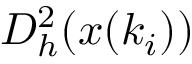
D _ { h } ^ { 2 } ( x ( k _ { i } ) )